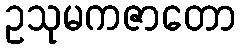
ဥသုမကဇာတော